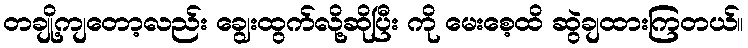
တချို့ကျတော့လည်း ချွေးထွက်လို့ဆိုပြီး ကို မေးစေ့ထိ ဆွဲချထားကြတယ်။